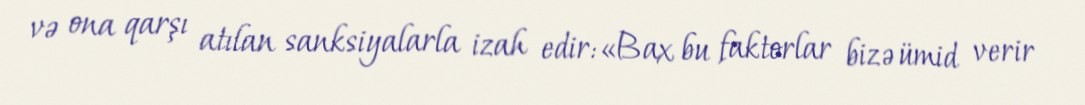
və ona qarşı atılan sanksiyalarla izah edir:«Bax bu faktorlar bizə ümid verir